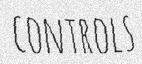
CONTROLS